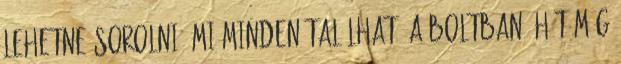
lehetne sorolni, mi minden található a boltban, hát még